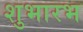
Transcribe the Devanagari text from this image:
शुभारभ